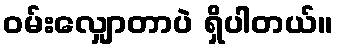
၀မ်းလျှောတာပဲ ရှိပါတယ်။